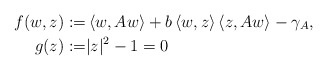
\begin{align*} f(w,z):=&\left\langle w,Aw\right\rangle + b\left\langle w,z\right\rangle\left\langle z,Aw\right\rangle-\gamma_A, \\ g(z):=&|z|^2-1=0 \end{align*}